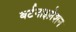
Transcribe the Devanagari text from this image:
बर्टनाइज़ेशन